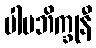
ပါပဘိက္ခုနီ